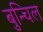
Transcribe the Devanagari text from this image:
बुन्चिल